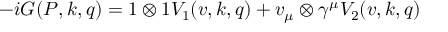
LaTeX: - i G ( P , k , q ) = 1 \otimes 1 V _ { 1 } ( v , k , q ) + v _ { \mu } \otimes \gamma ^ { \mu } V _ { 2 } ( v , k , q )